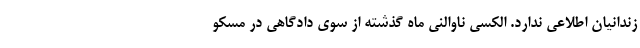
زندانیان اطلاعی ندارد. الکسی ناوالنی ماه گذشته از سوی دادگاهی در مسکو